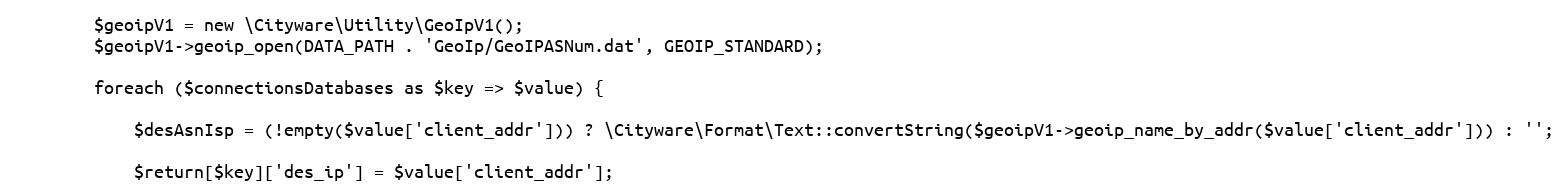
Language: PHP
        $geoipV1 = new \Cityware\Utility\GeoIpV1();
        $geoipV1->geoip_open(DATA_PATH . 'GeoIp/GeoIPASNum.dat', GEOIP_STANDARD);

        foreach ($connectionsDatabases as $key => $value) {

            $desAsnIsp = (!empty($value['client_addr'])) ? \Cityware\Format\Text::convertString($geoipV1->geoip_name_by_addr($value['client_addr'])) : '';

            $return[$key]['des_ip'] = $value['client_addr'];